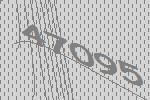
47095